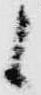
候